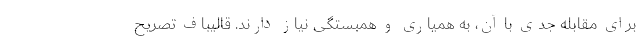
برای مقابله جدّی با آن، به همیاری و همبستگی نیاز دارند. قالیباف تصریح